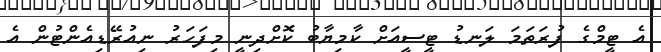
އެ ޓީމްގެ ފުރަތަމަ ލަނޑު ޓީސީއަށް ކާމިޔާބު ކޮށްދިނީ މިފަހަރު ނިއުރޭޑިއެންޓުން އެ